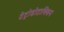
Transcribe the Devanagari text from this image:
टेट्रोडोटाक्सिन